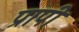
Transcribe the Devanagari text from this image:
प्रापी